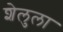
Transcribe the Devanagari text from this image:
शेलुला